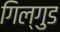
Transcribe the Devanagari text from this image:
गिल्गुड